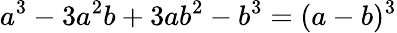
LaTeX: a^{3}-3a^{2}b+3ab^{2}-b^{3}=(a-b)^{3}